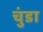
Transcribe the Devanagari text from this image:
चुंडा